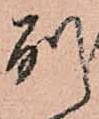
別